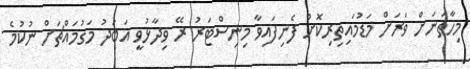
މިހާތަނަށް ވަރަށް މަޑުމައިތިރިކޮށް ފެނިފައިވާ މިނިސްޓަރު ރޭ ވިދާޅުވީ އަބަދު މަގުމައްޗަށް ނުކުމެ